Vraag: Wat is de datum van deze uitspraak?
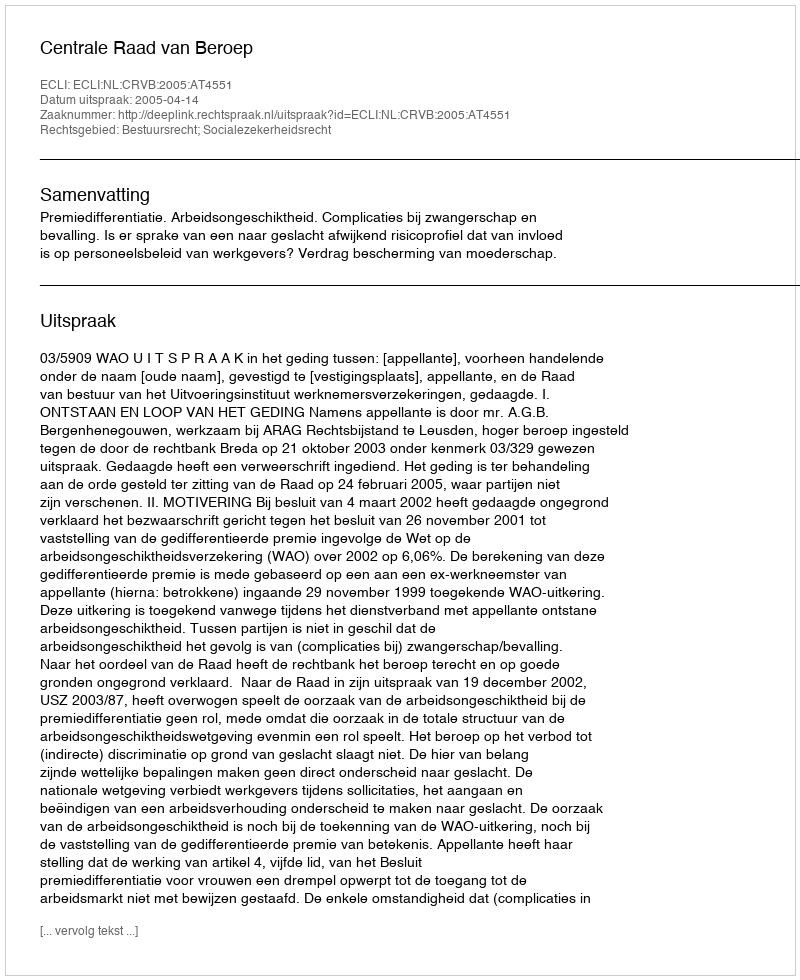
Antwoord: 2005-04-14